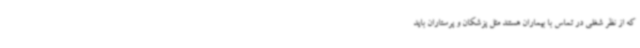
که از نظر شغلی در تماس با بیماران هستند مثل پزشکان و پرستاران باید